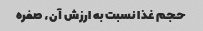
حجم غذا نسبت به ارزش آن، صفره